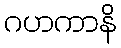
ဂဟကာနိ